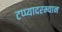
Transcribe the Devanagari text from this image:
टप्प्यादरम्यान